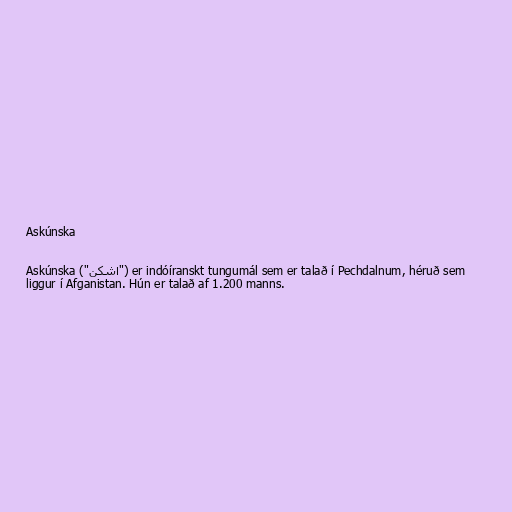
Askúnska

Askúnska ("اشکن") er indóíranskt tungumál sem er talað í Pechdalnum, héruð sem
liggur í Afganistan. Hún er talað af 1.200 manns.